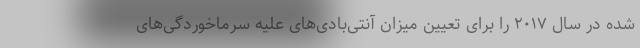
شده در سال ۲۰۱۷ را برای تعیین میزان آنتی‌بادی‌های علیه سرماخوردگی‌های